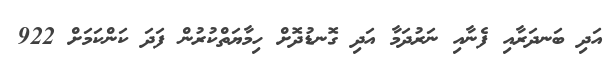
އަދި ބަނދަރާއި ފެނާއި ނަރުދަމާ އަދި ގޮނޑުދޮށް ހިމާޔަތްކުރުން ފަދަ ކަންކަމަށް 922